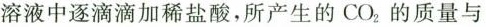
溶液中逐滴滴加稀盐酸，所产生的CO_{2}的质量与